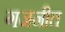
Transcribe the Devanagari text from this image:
गजनीत